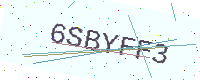
Text: 6SBYFF3